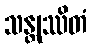
သန္တုဿိတံ